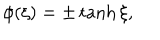
\phi ( \xi ) = \pm \tanh \xi ,